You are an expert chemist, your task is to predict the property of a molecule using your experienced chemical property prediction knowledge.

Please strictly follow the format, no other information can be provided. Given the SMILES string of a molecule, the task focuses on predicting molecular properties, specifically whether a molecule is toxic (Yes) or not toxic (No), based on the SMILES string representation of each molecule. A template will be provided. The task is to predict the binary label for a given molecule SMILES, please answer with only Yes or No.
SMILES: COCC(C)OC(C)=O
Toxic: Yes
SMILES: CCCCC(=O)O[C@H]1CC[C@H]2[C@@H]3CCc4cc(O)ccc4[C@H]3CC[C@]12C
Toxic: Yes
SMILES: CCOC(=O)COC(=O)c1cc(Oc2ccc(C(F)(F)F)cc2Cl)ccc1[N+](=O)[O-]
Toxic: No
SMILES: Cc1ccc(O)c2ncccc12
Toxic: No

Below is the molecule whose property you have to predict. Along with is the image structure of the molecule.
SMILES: COC(=O)C1CCC(C(=O)OC)CC1
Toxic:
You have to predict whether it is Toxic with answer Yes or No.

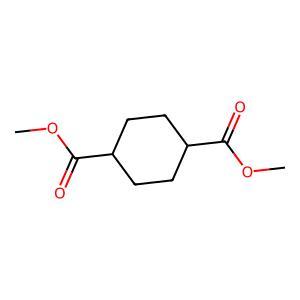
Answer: No